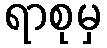
ရာစုမှ